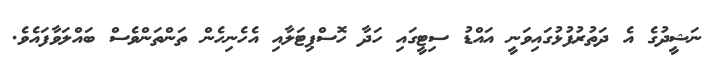
ނަޝީދުގެ އެ ދަތުރުފުޅުގައިވަނީ އައްޑު ސިޓީގައި ހަދާ ހޮސްޕިޓަލާއި އެހެނިހެން ތަންތަންވެސް ބައްލަވާފައެވެ.